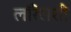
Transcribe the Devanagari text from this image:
लॉरेंसशी